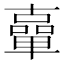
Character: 𠧈